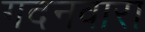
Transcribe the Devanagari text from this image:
गदनवारा